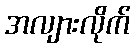
အလျားလိုက်